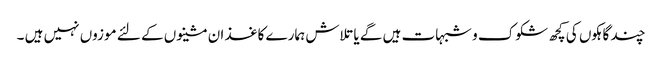
چند گاہکوں کی کچھ شکوک و شبہات ہیں گے یا تلاش ہمارے کاغذ ان مشینوں کے لئے موزوں نہیں ہیں ۔